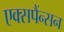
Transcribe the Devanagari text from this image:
एक्सपैंन्सन